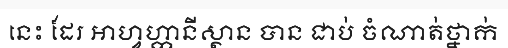
នេះ ដែរ អាហ្វហ្កានីស្ថាន បាន ជាប់ ចំណាត់ថ្នាក់